Vaccination in Burma 1920-1933 - 1920-1933
Year: 1920
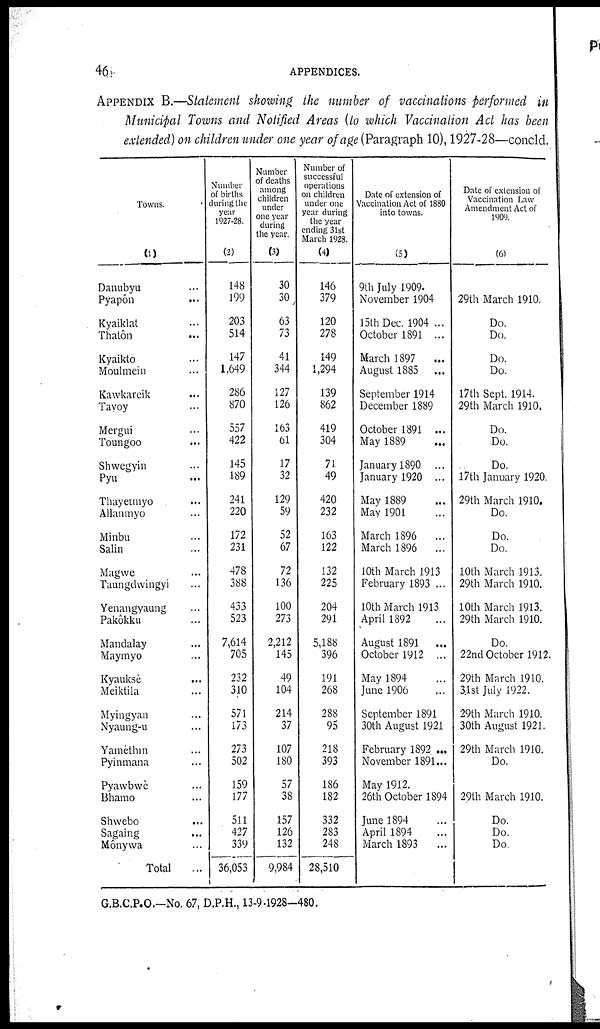
46
APPENDICES.
APPENDIX B.—Statement showing the number of vaccinations performed in
Municipal Towns and Notified Areas (to which Vaccination Act has been
extended) on children under one year of age (Paragraph 10), 1927-28—concld.
Towns.
(1)
Danubyu ...
Pyapôn ...
Kyaiklat ...
Thatôn ...
Kyaikto ...
Moulmein ...
Kawkareik ...
Tavoy ...
Mergui ...
Toungoo ...
Shwegyin ...
Pyu ...
Thayetmyo ...
Allanmyo ...
Minbu ...
Salin ...
Magwe ...
Taungdwingyi ...
Yenangyaung ...
Pakôkku ...
Mandalay ...
Maymyo ...
Kyauksè ...
Meiktila ...
Myingyan ...
Nyaung-u ...
Yamèthin ...
Pyinmana ...
Pyawbwè ...
Bhamo ...
Shwebo ...
Sagaing ...
Mônywa ...
Total ...
Number
of births
during the
year
1927-28.
(2)
148
199
203
514
147
1,649
286
870
557
422
145
189
241
220
172
231
478
388
433
523
7,614
705
232
310
571
173
273
502
159
177
511
427
339
36,053
Number
of deaths
among
children
under
one year
during
the year.
(3)
30
30
63
73
41
344
127
126
163
61
17
32
129
59
52
67
72
136
100
273
2,212
145
49
104
214
37
107
180
57
38
157
126
132
9,984
Number of
successful
operations
on children
under one
year during
the year
ending 31st
March 1928.
(4)
146
379
120
278
149
1,294
139
862
419
304
71
49
420
232
163
122
132
225
204
291
5,188
396
191
268
288
95
218
393
186
182
332
283
248
28,510
Date of extension of
Vaccination Act of 1880
into towns.
(5)
9th July 1909.
November 1904
15th Dec. 1904 ...
October 1891 ...
March 1897 ...
August 1885 ...
September 1914
December 1889
October 1891 ...
May 1889
January 1890 ...
January 1920 ...
May 1889 ...
May 1901 ...
March 1896 ...
March 1896 ...
10th March 1913
February 1893 ...
10th March 1913
April 1892 ...
August 1891 ...
October 1912 ...
May 1894 ...
June 1906 ...
September 1891
30th August 1921
February 1892 ...
November 1891...
May 1912.
26th October 1894
June 1894 ...
April 1894 ...
March 1893 ...
Date of extension of
Vaccination Law
Amendment Act of
1909.
(6)
29th March 1910.
Do.
Do.
Do.
Do.
17th Sept. 1914.
29th March 1910.
Do.
Do.
Do.
17th January 1920.
29th March 1910.
Do.
Do.
Do.
10th March 1913.
29th March 1910.
10th March 1913.
29th March 1910.
Do.
22nd October 1912.
29th March 1910.
31st July 1922.
29th March 1910.
30th August 1921.
29th March 1910.
Do.
29th March 1910.
Do.
Do.
Do
G.B.C.P.O.-No. 67, D.P.H., 13-9-1928-480.